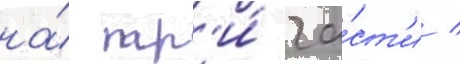
на́ тр'и́ ча́ст'и /